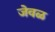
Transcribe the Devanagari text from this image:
जेवळ